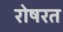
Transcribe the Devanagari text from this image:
रोषरत